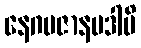
နေဂမဇာနပဒါပိ